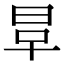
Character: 𣆉